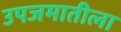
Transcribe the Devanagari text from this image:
उपजमातीला